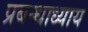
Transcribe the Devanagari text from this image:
प्रबन्धाध्याय